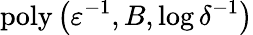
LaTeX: \mathrm{poly}\left(\varepsilon^{-1},B,\log\delta^{-1}\right)